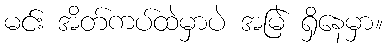
မင်း အိတ်ကပ်ထဲမှာပဲ အမြဲ ရှိနေမှာ။